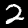
Label: 2